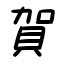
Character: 賀